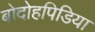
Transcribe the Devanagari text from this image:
बोदोहपिडिया